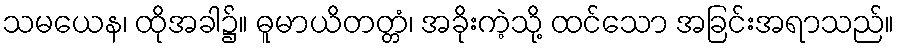
သမယေန၊ ထိုအခါ၌။ ဓူမာယိတတ္တံ၊ အခိုးကဲ့သို့ ထင်သော အခြင်းအရာသည်။